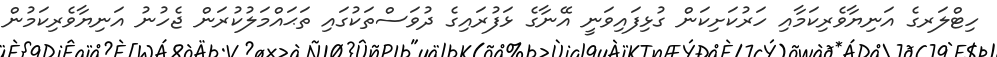
ހިޓްލަރގެ އަނިޔާވެރިކަމާއި ހަރުކަށިކަން ގުޅިފައިވަނީ އޭނާގެ ޅަފުރައިގެ ދުވަސްތަކުގައި ތަޙައްމަލުކުރަން ޖެހުނު އަނިޔާވެރިކަމުން